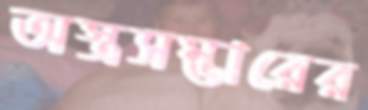
অস্ত্রসম্ভারের